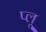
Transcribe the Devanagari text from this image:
प्लू